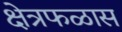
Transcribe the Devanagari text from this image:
क्षेत्रफळास